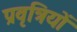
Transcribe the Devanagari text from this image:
प्रवृत्रियों